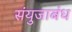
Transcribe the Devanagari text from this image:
संयुजाबंध